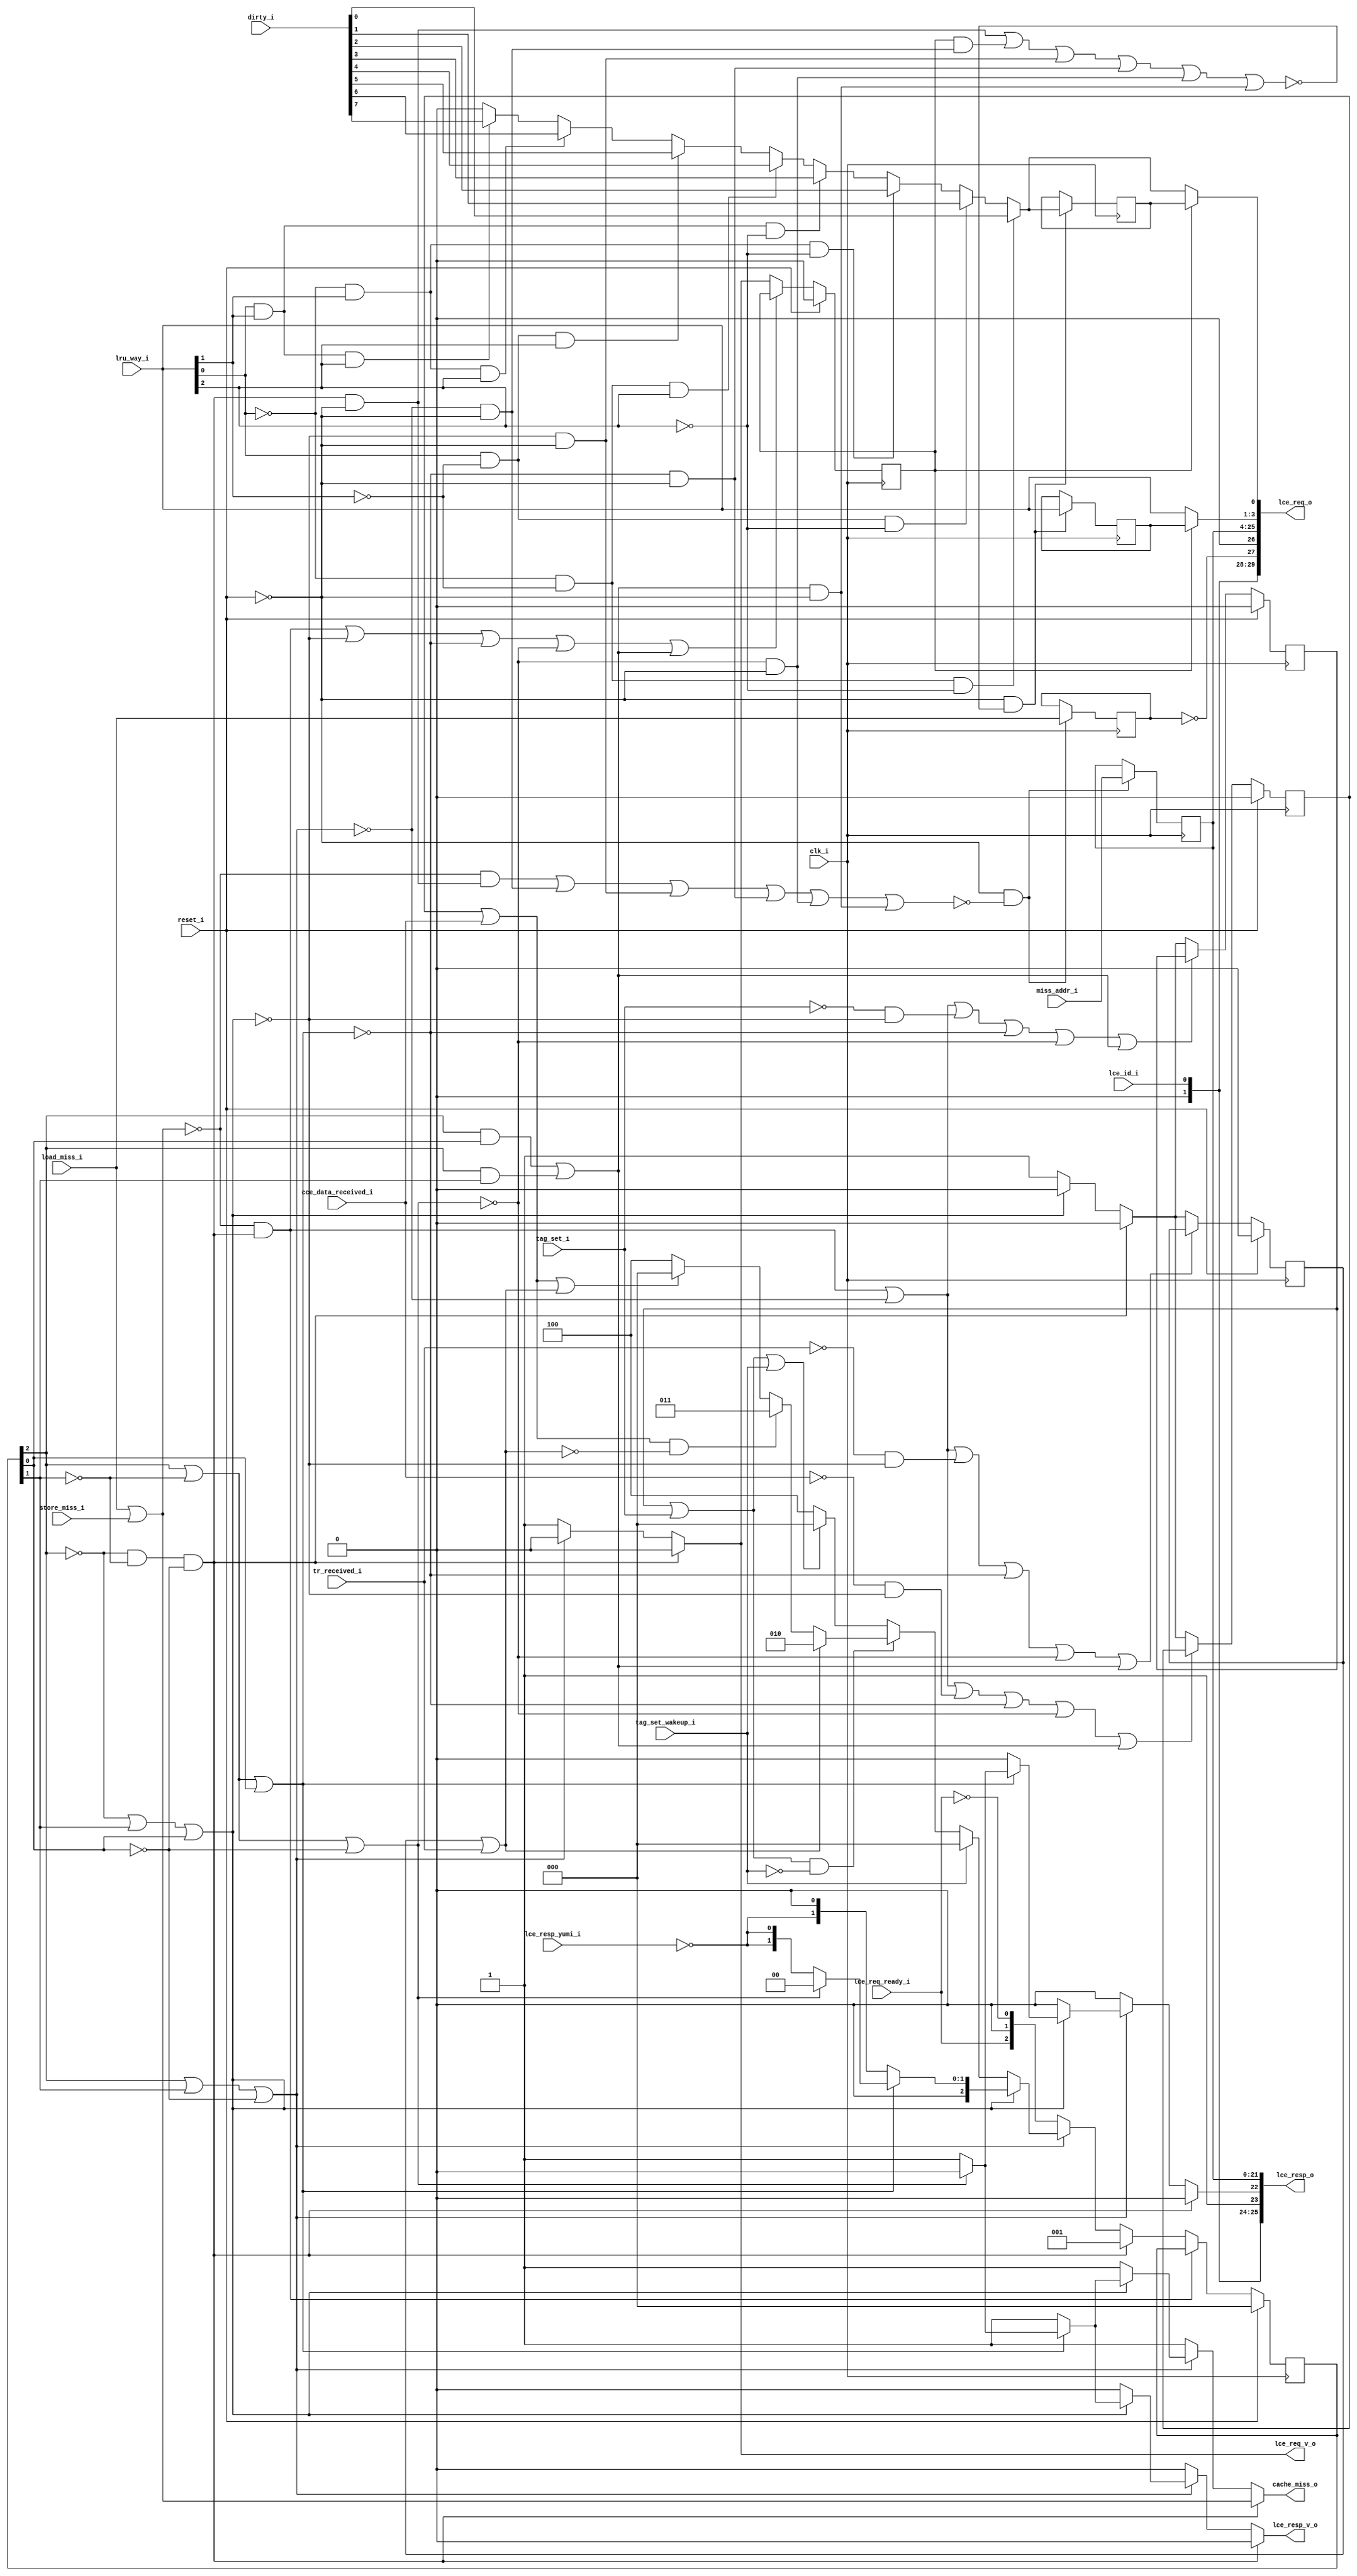
module bp_be_dcache_lce_req_data_width_p64_paddr_width_p22_num_cce_p1_num_lce_p2_ways_p8_sets_p64
(
  clk_i,
  reset_i,
  lce_id_i,
  load_miss_i,
  store_miss_i,
  miss_addr_i,
  lru_way_i,
  dirty_i,
  cache_miss_o,
  tr_received_i,
  cce_data_received_i,
  tag_set_i,
  tag_set_wakeup_i,
  lce_req_o,
  lce_req_v_o,
  lce_req_ready_i,
  lce_resp_o,
  lce_resp_v_o,
  lce_resp_yumi_i
);

  input [0:0] lce_id_i;
  input [21:0] miss_addr_i;
  input [2:0] lru_way_i;
  input [7:0] dirty_i;
  output [29:0] lce_req_o;
  output [25:0] lce_resp_o;
  input clk_i;
  input reset_i;
  input load_miss_i;
  input store_miss_i;
  input tr_received_i;
  input cce_data_received_i;
  input tag_set_i;
  input tag_set_wakeup_i;
  input lce_req_ready_i;
  input lce_resp_yumi_i;
  output cache_miss_o;
  output lce_req_v_o;
  output lce_resp_v_o;
  wire [25:0] lce_resp_o;
  wire cache_miss_o,lce_req_v_o,lce_resp_v_o,N0,N1,N2,N3,N4,N5,N6,N7,N8,N9,missed,
  tr_received,cce_data_received,tag_set,dirty_lru_flopped_n,tr_received_n,
  cce_data_received_n,tag_set_n,N10,N11,N12,N13,N14,N15,N16,N17,N18,N19,N20,N21,N22,N23,N24,
  N25,N26,N27,N28,N29,N30,N31,N32,N33,N34,N35,N36,N37,N38,N39,N40,N41,N42,N43,N44,
  N45,N46,N47,N48,N49,N50,N51,N52,N53,N54,N55,N56,N57,N58,N59,N60,N61,N62,N63,N64,
  N65,N66,N67,N68,N69,N70,N71,N72,N73,N74,N75,N76,N77,N78,N79,N80,N81,N82,N83,N84,
  N85,N86,N87,N88,N89,N90,N91,N92,N93,N94,N95,N96,N97,N98,N99,N100,N101,N102,N103,
  N104,N105,N106,N107,N108,N109,N110,N111,N112,N113,N114,N115,N116,N117,N118,N119,
  N120,N121,N122,N123,N124;
  wire [2:0] state_n;
  reg [29:0] lce_req_o;
  reg [2:0] state_r,lru_way_r;
  reg dirty_lru_flopped_r,tr_received_r,cce_data_received_r,tag_set_r,
  load_not_store_r,dirty_r;
  assign lce_resp_o[23] = 1'b1;
  assign lce_resp_o[25] = 1'b0;
  assign lce_req_o[26] = 1'b0;
  assign lce_req_o[29] = 1'b0;
  assign lce_resp_o[21] = lce_req_o[25];
  assign lce_resp_o[20] = lce_req_o[24];
  assign lce_resp_o[19] = lce_req_o[23];
  assign lce_resp_o[18] = lce_req_o[22];
  assign lce_resp_o[17] = lce_req_o[21];
  assign lce_resp_o[16] = lce_req_o[20];
  assign lce_resp_o[15] = lce_req_o[19];
  assign lce_resp_o[14] = lce_req_o[18];
  assign lce_resp_o[13] = lce_req_o[17];
  assign lce_resp_o[12] = lce_req_o[16];
  assign lce_resp_o[11] = lce_req_o[15];
  assign lce_resp_o[10] = lce_req_o[14];
  assign lce_resp_o[9] = lce_req_o[13];
  assign lce_resp_o[8] = lce_req_o[12];
  assign lce_resp_o[7] = lce_req_o[11];
  assign lce_resp_o[6] = lce_req_o[10];
  assign lce_resp_o[5] = lce_req_o[9];
  assign lce_resp_o[4] = lce_req_o[8];
  assign lce_resp_o[3] = lce_req_o[7];
  assign lce_resp_o[2] = lce_req_o[6];
  assign lce_resp_o[1] = lce_req_o[5];
  assign lce_resp_o[0] = lce_req_o[4];
  assign lce_resp_o[24] = lce_id_i[0];
  assign lce_req_o[28] = lce_id_i[0];
  assign N27 = (N19)? dirty_i[0] :
               (N21)? dirty_i[1] :
               (N23)? dirty_i[2] :
               (N25)? dirty_i[3] :
               (N20)? dirty_i[4] :
               (N22)? dirty_i[5] :
               (N24)? dirty_i[6] :
               (N26)? dirty_i[7] : 1'b0;
  assign N31 = N28 & N29;
  assign N32 = N31 & N30;
  assign N33 = state_r[2] | state_r[1];
  assign N34 = N33 | N30;
  assign N36 = N28 | state_r[1];
  assign N37 = N36 | state_r[0];
  assign N39 = state_r[2] | N29;
  assign N40 = N39 | state_r[0];
  assign N42 = state_r[2] | N29;
  assign N43 = N42 | N30;
  assign N45 = state_r[2] & state_r[0];
  assign N46 = state_r[2] & state_r[1];
  assign lce_req_o[3:1] = (N0)? lru_way_r :
                          (N1)? lru_way_i : 1'b0;
  assign N0 = dirty_lru_flopped_r;
  assign N1 = N11;
  assign lce_req_o[0] = (N0)? dirty_r :
                        (N1)? N27 : 1'b0;
  assign { N59, N58, N57 } = (N2)? { 1'b0, 1'b1, 1'b0 } :
                             (N67)? { 1'b0, 1'b1, 1'b1 } :
                             (N56)? { 1'b1, 1'b0, 1'b0 } : 1'b0;
  assign N2 = tr_received;
  assign { N62, N61, N60 } = (N3)? { 1'b0, 1'b0, 1'b0 } :
                             (N65)? { N59, N58, N57 } :
                             (N54)? { 1'b1, 1'b0, 1'b0 } : 1'b0;
  assign N3 = tag_set_wakeup_i;
  assign cache_miss_o = (N4)? missed :
                        (N5)? 1'b1 :
                        (N6)? 1'b1 :
                        (N7)? 1'b1 :
                        (N8)? 1'b1 :
                        (N9)? 1'b0 : 1'b0;
  assign N4 = N32;
  assign N5 = N35;
  assign N6 = N38;
  assign N7 = N41;
  assign N8 = N44;
  assign N9 = N47;
  assign state_n = (N4)? { 1'b0, 1'b0, 1'b1 } :
                   (N5)? { lce_req_ready_i, 1'b0, N49 } :
                   (N6)? { N62, N61, N60 } :
                   (N7)? { 1'b0, N63, 1'b0 } :
                   (N8)? { 1'b0, N63, N63 } :
                   (N9)? { 1'b0, 1'b0, 1'b0 } : 1'b0;
  assign dirty_lru_flopped_n = (N4)? 1'b0 :
                               (N5)? 1'b1 : 1'b0;
  assign tr_received_n = (N4)? 1'b0 :
                         (N6)? 1'b1 : 1'b0;
  assign cce_data_received_n = (N4)? 1'b0 :
                               (N6)? 1'b1 : 1'b0;
  assign tag_set_n = (N4)? 1'b0 :
                     (N6)? 1'b1 : 1'b0;
  assign lce_req_v_o = (N4)? 1'b0 :
                       (N5)? 1'b1 :
                       (N6)? 1'b0 :
                       (N7)? 1'b0 :
                       (N8)? 1'b0 :
                       (N9)? 1'b0 : 1'b0;
  assign lce_resp_v_o = (N4)? 1'b0 :
                        (N5)? 1'b0 :
                        (N6)? 1'b0 :
                        (N7)? 1'b1 :
                        (N8)? 1'b1 :
                        (N9)? 1'b0 : 1'b0;
  assign lce_resp_o[22] = (N4)? 1'b0 :
                          (N5)? 1'b0 :
                          (N6)? 1'b0 :
                          (N7)? 1'b0 :
                          (N8)? 1'b1 :
                          (N9)? 1'b0 : 1'b0;
  assign missed = load_miss_i | store_miss_i;
  assign tr_received = tr_received_r | tr_received_i;
  assign cce_data_received = cce_data_received_r | cce_data_received_i;
  assign tag_set = tag_set_r | tag_set_i;
  assign N10 = ~load_not_store_r;
  assign lce_req_o[27] = N10;
  assign N11 = ~dirty_lru_flopped_r;
  assign N12 = ~lru_way_i[0];
  assign N13 = ~lru_way_i[1];
  assign N14 = N12 & N13;
  assign N15 = N12 & lru_way_i[1];
  assign N16 = lru_way_i[0] & N13;
  assign N17 = lru_way_i[0] & lru_way_i[1];
  assign N18 = ~lru_way_i[2];
  assign N19 = N14 & N18;
  assign N20 = N14 & lru_way_i[2];
  assign N21 = N16 & N18;
  assign N22 = N16 & lru_way_i[2];
  assign N23 = N15 & N18;
  assign N24 = N15 & lru_way_i[2];
  assign N25 = N17 & N18;
  assign N26 = N17 & lru_way_i[2];
  assign N28 = ~state_r[2];
  assign N29 = ~state_r[1];
  assign N30 = ~state_r[0];
  assign N35 = ~N34;
  assign N38 = ~N37;
  assign N41 = ~N40;
  assign N44 = ~N43;
  assign N47 = N45 | N46;
  assign N48 = ~missed;
  assign N49 = ~lce_req_ready_i;
  assign N50 = ~tr_received_i;
  assign N51 = ~cce_data_received_i;
  assign N52 = ~tag_set_i;
  assign N53 = tag_set | tag_set_wakeup_i;
  assign N54 = ~N53;
  assign N55 = cce_data_received | tr_received;
  assign N56 = ~N55;
  assign N63 = ~lce_resp_yumi_i;
  assign N64 = ~tag_set_wakeup_i;
  assign N65 = tag_set & N64;
  assign N66 = ~tr_received;
  assign N67 = cce_data_received & N66;
  assign N68 = ~reset_i;
  assign N69 = N32 & N68;
  assign N70 = N48 & N69;
  assign N71 = N35 & N68;
  assign N72 = N70 | N71;
  assign N73 = N38 & N68;
  assign N74 = N72 | N73;
  assign N75 = N41 & N68;
  assign N76 = N74 | N75;
  assign N77 = N44 & N68;
  assign N78 = N76 | N77;
  assign N79 = N47 & N68;
  assign N80 = N78 | N79;
  assign N81 = ~N80;
  assign N82 = N68 & N81;
  assign N83 = N48 & N32;
  assign N84 = ~N83;
  assign N85 = N83 | N38;
  assign N86 = N85 | N41;
  assign N87 = N86 | N44;
  assign N88 = N87 | N47;
  assign N89 = ~N88;
  assign N90 = N83 | N35;
  assign N91 = N50 & N38;
  assign N92 = N90 | N91;
  assign N93 = N92 | N41;
  assign N94 = N93 | N44;
  assign N95 = N94 | N47;
  assign N96 = ~N95;
  assign N97 = N51 & N38;
  assign N98 = N90 | N97;
  assign N99 = N98 | N41;
  assign N100 = N99 | N44;
  assign N101 = N100 | N47;
  assign N102 = ~N101;
  assign N103 = N52 & N38;
  assign N104 = N90 | N103;
  assign N105 = N104 | N41;
  assign N106 = N105 | N44;
  assign N107 = N106 | N47;
  assign N108 = ~N107;
  assign N109 = dirty_lru_flopped_r & N71;
  assign N110 = N69 | N109;
  assign N111 = N110 | N73;
  assign N112 = N111 | N75;
  assign N113 = N112 | N77;
  assign N114 = N113 | N79;
  assign N115 = ~N114;
  assign N116 = N68 & N115;
  assign N117 = dirty_lru_flopped_r & N71;
  assign N118 = N69 | N117;
  assign N119 = N118 | N73;
  assign N120 = N119 | N75;
  assign N121 = N120 | N77;
  assign N122 = N121 | N79;
  assign N123 = ~N122;
  assign N124 = N68 & N123;

  always @(posedge clk_i) begin
    if(N82) begin
      { lce_req_o[25:4] } <= { miss_addr_i[21:0] };
      load_not_store_r <= load_miss_i;
    end
    if(reset_i) begin
      { state_r[2:0] } <= { 1'b0, 1'b0, 1'b0 };
    end else if(N84) begin
      { state_r[2:0] } <= { state_n[2:0] };
    end
    if(reset_i) begin
      dirty_lru_flopped_r <= 1'b0;
    end else if(N89) begin
      dirty_lru_flopped_r <= dirty_lru_flopped_n;
    end
    if(reset_i) begin
      tr_received_r <= 1'b0;
    end else if(N96) begin
      tr_received_r <= tr_received_n;
    end
    if(reset_i) begin
      cce_data_received_r <= 1'b0;
    end else if(N102) begin
      cce_data_received_r <= cce_data_received_n;
    end
    if(reset_i) begin
      tag_set_r <= 1'b0;
    end else if(N108) begin
      tag_set_r <= tag_set_n;
    end
    if(N116) begin
      { lru_way_r[2:0] } <= { lru_way_i[2:0] };
    end
    if(N124) begin
      dirty_r <= N27;
    end
  end


endmodule